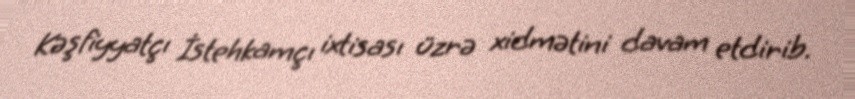
Kəşfiyyatçı İstehkamçı ixtisası üzrə xidmətini davam etdirib.